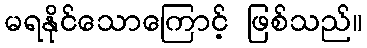
မရနိုင်သောကြောင့် ဖြစ်သည်။